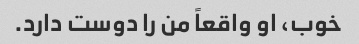
خوب، او واقعاً من را دوست دارد.